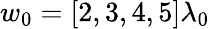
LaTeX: w_{0}=[2,3,4,5]\lambda_{0}